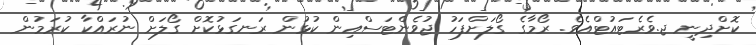
ކޮށްދިނީ ޖ.ވެރެޓައުޓްއެވެ. ރޯމާގެ ގޯލަށްފަހު ޖުވެންޓަސްއިން ކުޅުން ރަނގަޅުކޮށް ގޯލަށް ނުރައްކާ ކުރަމުން